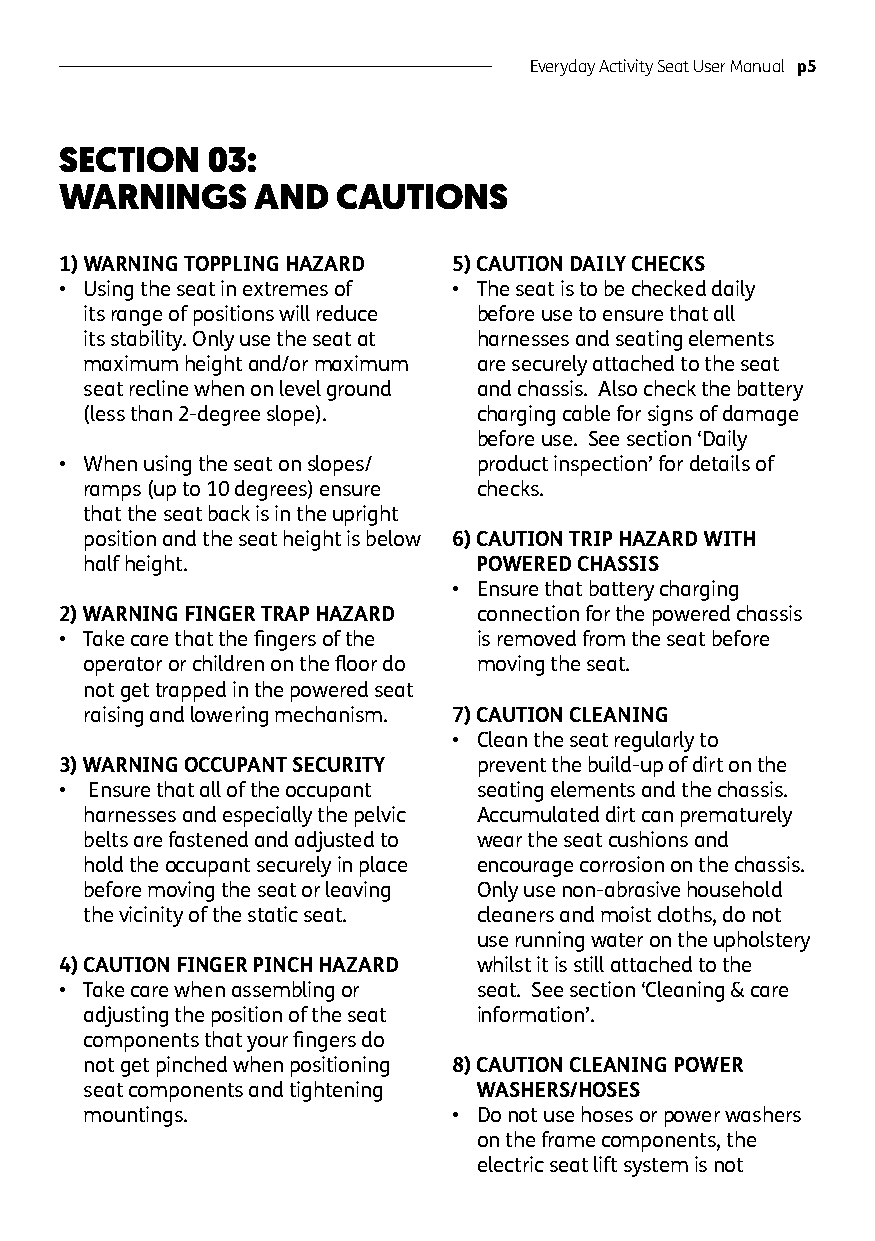
Everyday Activity Seat User Manual p5
 SECTION   03:
 WARNINGS     AND  CAUTIONS
 1) WARNING TOPPLING HAZARD 5) CAUTION DAILY CHECKS
 • U sing the seat in extremes of • T he seat is to be checked daily
 its range of positions will reduce before use to ensure that all
 its stability. Only use the seat at harnesses and seating elements
 maximum height and/or maximum are securely attached to the seat
 seat recline when on level ground and chassis. Also check the battery
 (less than 2-degree slope). charging cable for signs of damage
 before use. See section ‘Daily
 • W hen using the seat on slopes/ product inspection’ for details of
 ramps (up to 10 degrees) ensure checks.
 that the seat back is in the upright
 position and the seat height is below 6) CAUTION TRIP HAZARD WITH
 half height.              POWERED CHASSIS
 • E nsure that battery charging
 2) WARNING FINGER TRAP HAZARD connection for the powered chassis
 • T ake care that the fingers of the is removed from the seat before
 operator or children on the floor do moving the seat.
 not get trapped in the powered seat
 raising and lowering mechanism. 7) CAUTION CLEANING
 • C lean the seat regularly to
 3) WARNING OCCUPANT SECURITY prevent the build-up of dirt on the
 • Ensure that all of the occupant seating elements and the chassis.
 harnesses and especially the pelvic Accumulated dirt can prematurely
 belts are fastened and adjusted to wear the seat cushions and
 hold the occupant securely in place encourage corrosion on the chassis.
 before moving the seat or leaving Only use non-abrasive household
 the vicinity of the static seat. cleaners and moist cloths, do not
 use running water on the upholstery
 4) CAUTION FINGER PINCH HAZARD whilst it is still attached to the
 • T ake care when assembling or seat. See section ‘Cleaning & care
 adjusting the position of the seat information’.
 components that your fingers do
 not get pinched when positioning 8) CAUTION CLEANING POWER
 seat components and tightening WASHERS/HOSES
 mountings.              • D o not use hoses or power washers
 on the frame components, the
 electric seat lift system is not